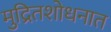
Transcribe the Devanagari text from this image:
मुद्रितशोधनात